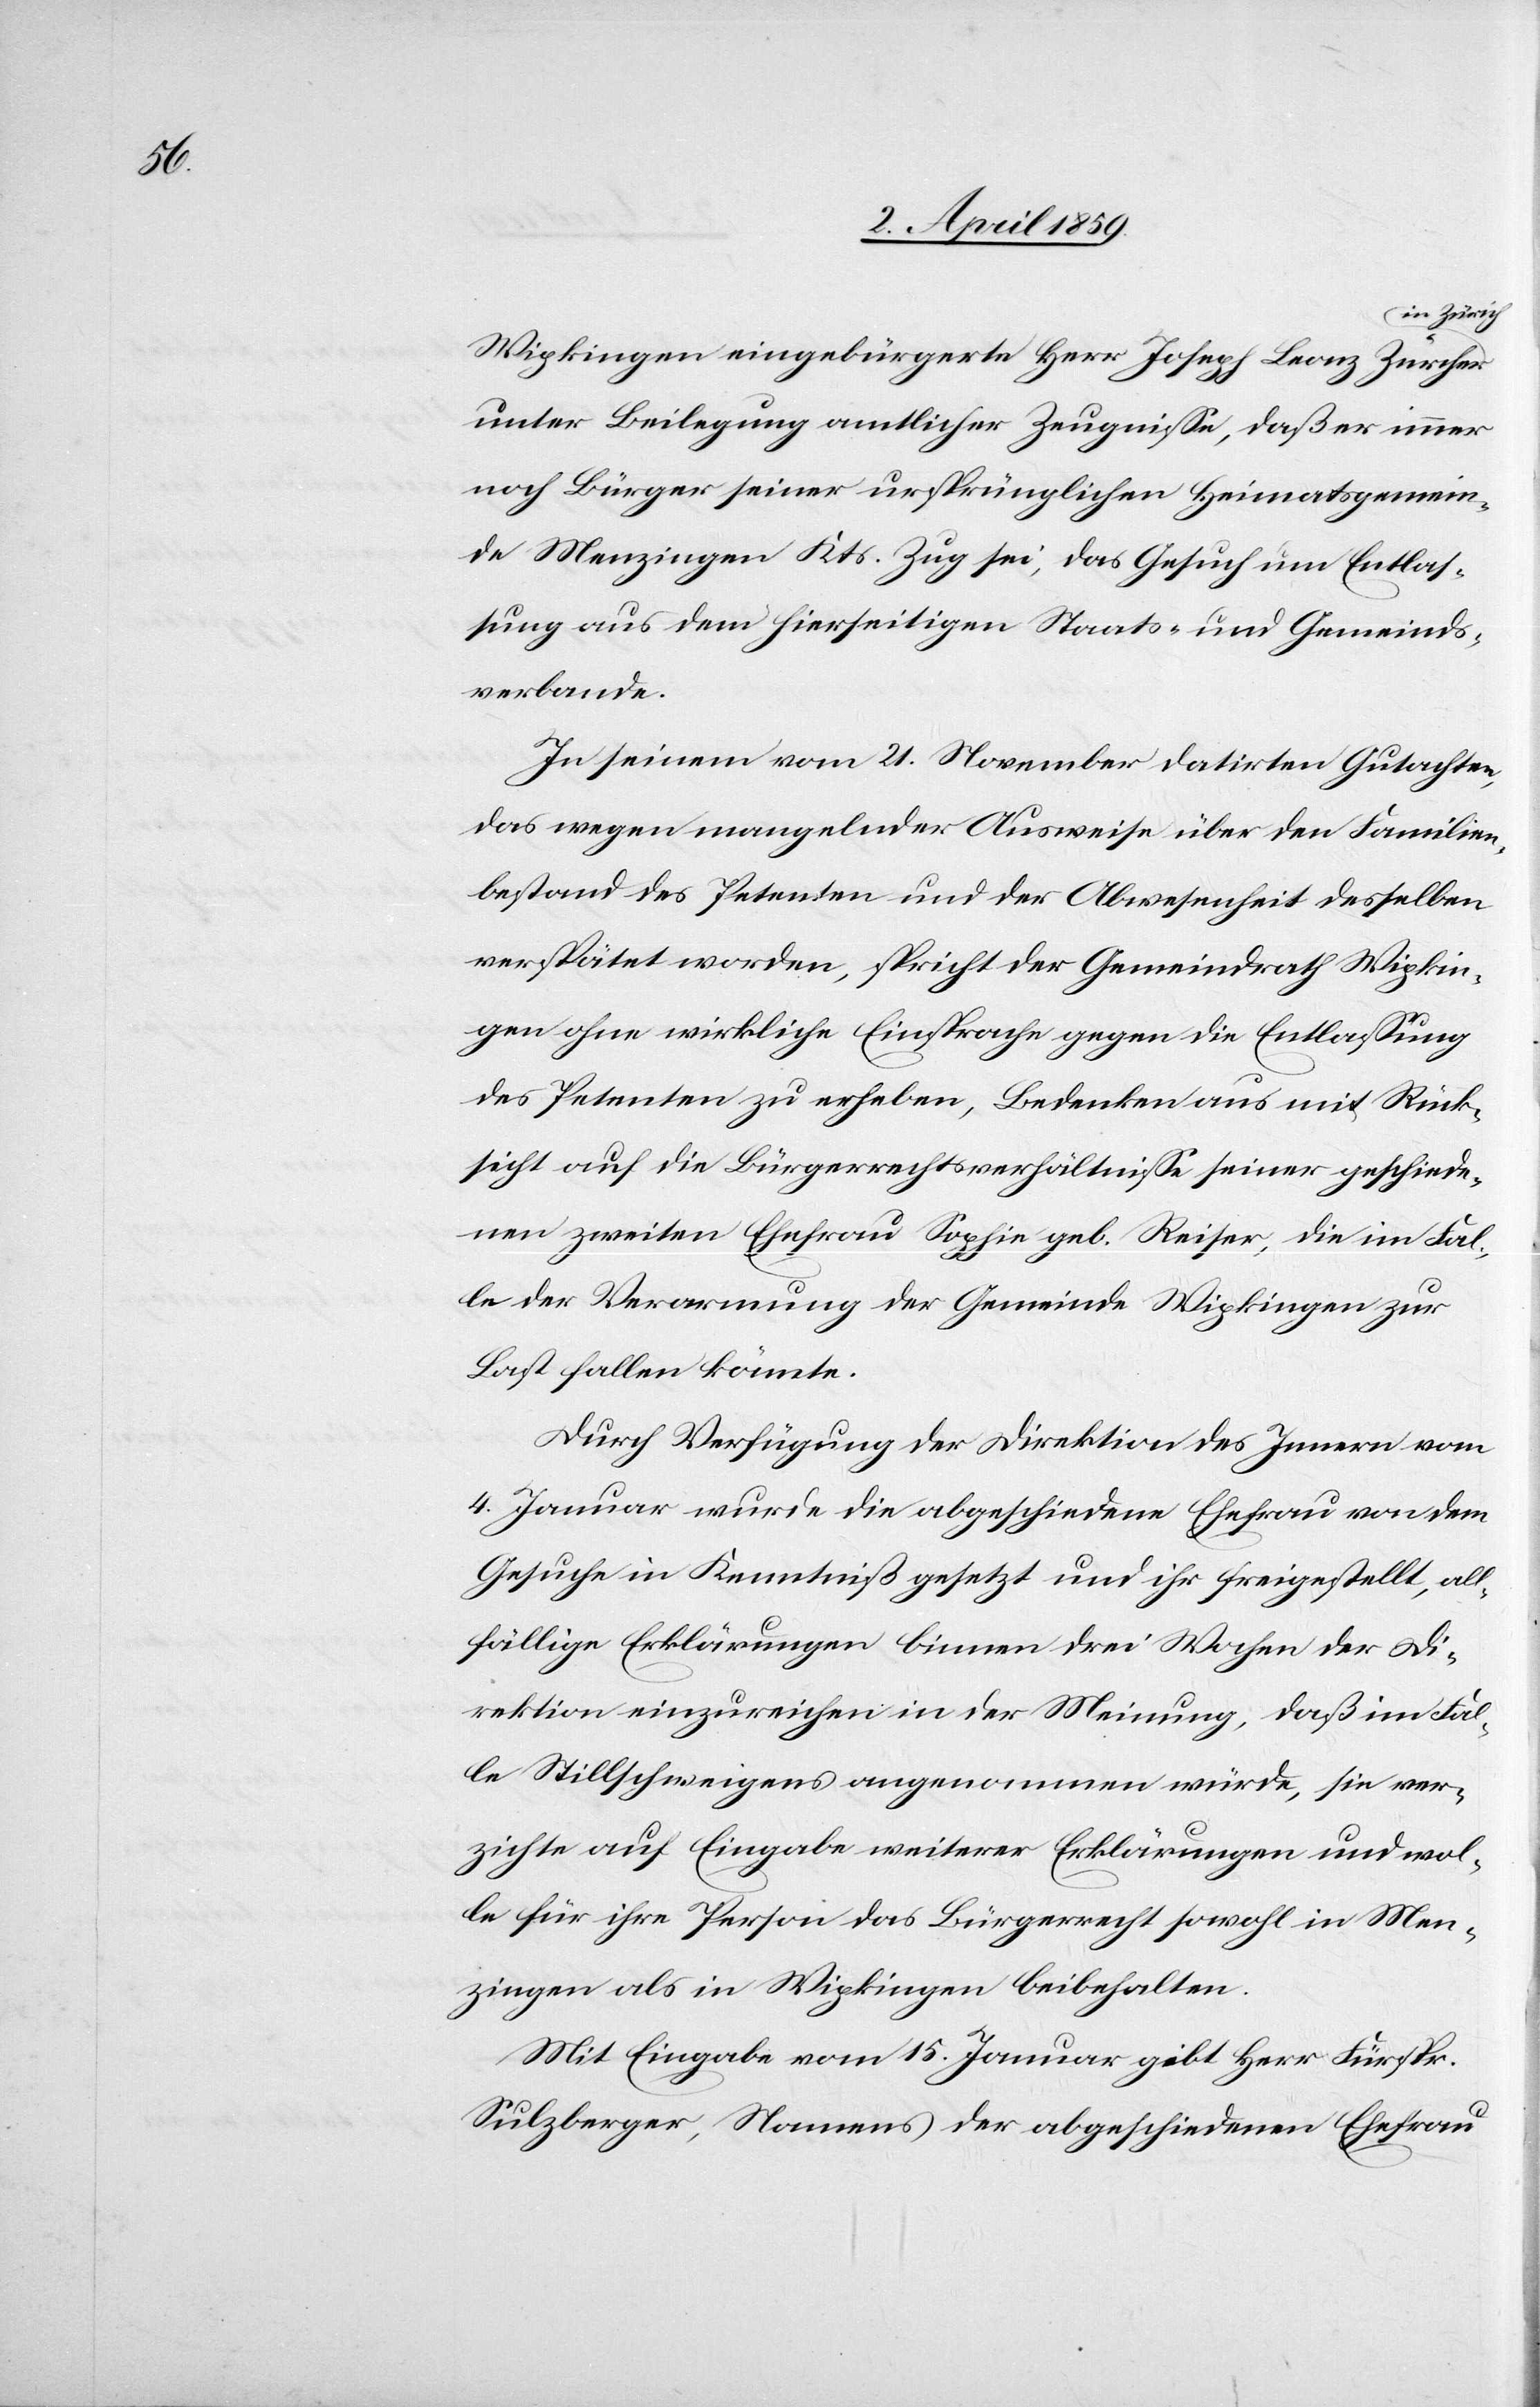
in Zürich
Wipkingen eingebürgerte Herr Joseph Zürcher
unter Beilegung amtlicher Zeugniße, daß er immer
noch Bürger seiner ursprünglichen Heimatsgemein¬
de Menzingen Kts. Zug sei, das Gesuch um Entlas¬
sung aus dem hierseitigen Staats- und Gemeinds¬
verbande.
In seinem vom 21. November datirten Gutachten,
das wegen mangelnder Ausweise über den Familien¬
bestand des Petenten und der Abwesenheit desselben
verspätet worden, spricht der Gemeindrath Wipkin¬
gen ohne wirkliche Einsprache gegen die Entlaßung
des Petenten zu erheben, Bedenken aus mit Rück¬
sicht auf die Bürgerrechtsverhältniße seiner geschiede¬
nen zweiten Ehefrau Sophie geb. Reiser, die im Fal¬
le der Verarmung der Gemeinde Wipkingen zur
Last fallen könnte.
Durch Verfügung der Direktion des Innern vom
4. Januar wurde die abgeschiedene Ehefrau von dem
Gesuche in Kenntniß gesetzt und ihr freigestellt, all¬
fällige Erklärungen binnen drei Wochen der Di¬
rektion einzureichen in der Meinung, daß im Fal¬
le Stillschweigens angenommen würde, sie ver¬
zichte auf Eingabe weiterer Erklärungen und wol¬
le für ihre Person das Bürgerrecht sowohl in Men¬
zingen als in Wipkingen beibehalten.
Mit Eingabe vom 15. Januar gibt Herr Fürspr.
Sulzberger, Namens der abgeschiedenen Ehefrau